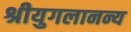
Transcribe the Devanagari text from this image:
श्रीयुगलानन्य